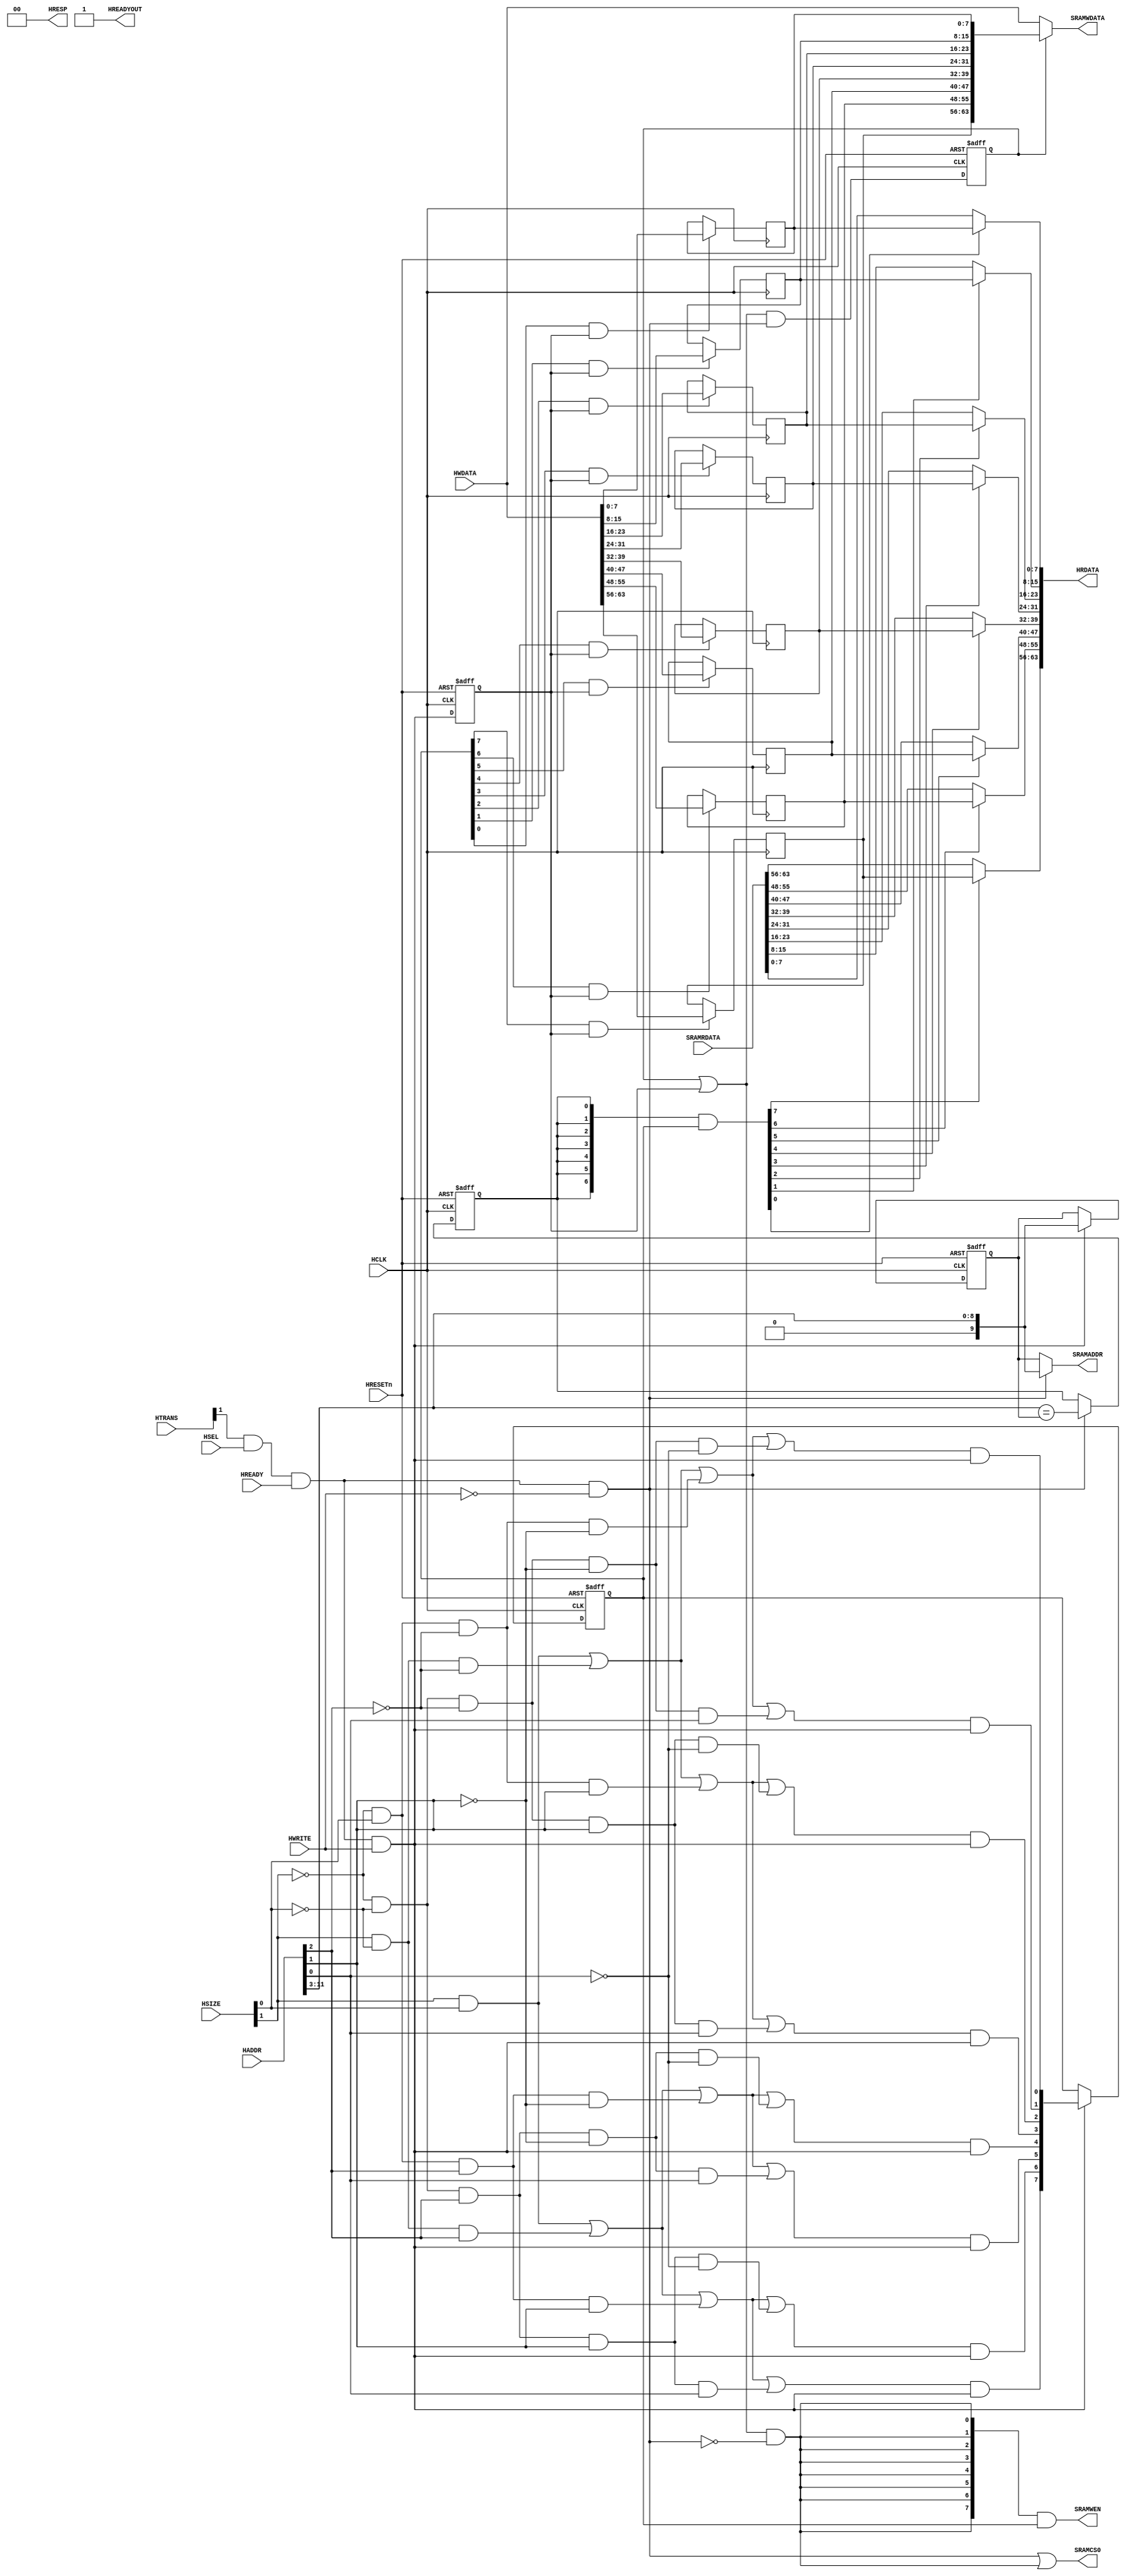

`ifndef AW
`define AW 32
`endif

`ifndef DW
`define DW 64
`endif

module AHBSRAM #(
// --------------------------------------------------------------------------
// Parameter Declarations
// --------------------------------------------------------------------------
  parameter AW       = 9) // Address width
 (
// --------------------------------------------------------------------------
// Port Definitions
// --------------------------------------------------------------------------
  input  wire           HCLK,      // system bus clock
  input  wire           HRESETn,   // system bus reset
  input  wire           HSEL,      // AHB peripheral select
  input  wire           HREADY,    // AHB ready input
  input  wire [1:0]     HTRANS,    // AHB transfer type
  input  wire [2:0]     HSIZE,     // AHB hsize
  input  wire           HWRITE,    // AHB hwrite
  input  wire [`AW-1:0] HADDR,     // AHB address bus
  input  wire [`DW-1:0] HWDATA,    // AHB write data bus
  output wire           HREADYOUT, // AHB ready output to S->M mux
  output wire [1:0]     HRESP,     // AHB response
  output wire [`DW-1:0] HRDATA,    // AHB read data bus

  input  wire [`DW-1:0] SRAMRDATA, // SRAM Read Data
  output wire [7:0]     SRAMWEN,   // SRAM write enable (active high)
  output wire [`DW-1:0] SRAMWDATA, // SRAM write data
  output wire           SRAMCS0,
  output wire [AW:0]   SRAMADDR  // SRAM address
);   // SRAM Chip Select  (active high)

   // ----------------------------------------------------------
   // Internal state
   // ----------------------------------------------------------
   reg  [AW:0]               buf_addr;        // Write address buffer
   reg  [ 7:0]               buf_we;          // Write enable buffer (data phase)
   reg                       buf_hit;         // High when AHB read address
                                              // matches buffered address
   reg  [`DW-1:0]            buf_data;        // AHB write bus buffered
   reg                       buf_pend;        // Buffer write data valid
   reg                       buf_data_en;     // Data buffer write enable (data phase)

   // ----------------------------------------------------------
   // Read/write control logic
   // ----------------------------------------------------------

   wire        ahb_access   = HTRANS[1] & HSEL & HREADY;
   wire        ahb_write    = ahb_access &  HWRITE;
   wire        ahb_read     = ahb_access & (~HWRITE);


   // Stored write data in pending state if new transfer is read
   //   buf_data_en indicate new write (data phase)
   //   ahb_read    indicate new read  (address phase)
   //   buf_pend    is registered version of buf_pend_nxt
   wire        buf_pend_nxt = (buf_pend | buf_data_en) & ahb_read;

   // RAM write happens when
   // - write pending (buf_pend), or
   // - new AHB write seen (buf_data_en) at data phase,
   // - and not reading (address phase)
   wire        ram_write    = (buf_pend | buf_data_en)  & (~ahb_read); // ahb_write

   // RAM WE is the buffered WE
   assign      SRAMWEN  = {8{ram_write}} & buf_we[7:0];

   // RAM address is the buffered address for RAM write otherwise HADDR
   assign      SRAMADDR = ahb_read ? HADDR[AW+2:3] : buf_addr;

   // RAM chip select during read or write
   wire SRAMCS_src; 
   assign      SRAMCS_src   = ahb_read | ram_write;
   assign SRAMCS0 = SRAMCS_src; 
  
   // ----------------------------------------------------------
   // Byte lane decoder and next state logic
   // ----------------------------------------------------------
  
  // REVISE ? 
   wire       tx_byte        = (~HSIZE[1]) & (~HSIZE[0]);  // 00
   wire       tx_half        = (~HSIZE[1]) &   HSIZE[0];   // 01
   wire       tx_word        =   HSIZE[1]  & (~HSIZE[0]);  // 10
   wire       tx_double_word =   HSIZE[1]  &   HSIZE[0];   // 11

   wire       byte_at_000 = tx_byte & (~HADDR[2]) & (~HADDR[1]) &  (~HADDR[0]);
   wire       byte_at_001 = tx_byte & (~HADDR[2]) & (~HADDR[1]) &  (HADDR[0]);
   wire       byte_at_010 = tx_byte & (~HADDR[2]) & (HADDR[1])  &  (~HADDR[0]);
   wire       byte_at_011 = tx_byte & (~HADDR[2]) & (HADDR[1])  &  (HADDR[0]);

   wire       byte_at_100 = tx_byte & (HADDR[2]) & (~HADDR[1])  &  (~HADDR[0]);
   wire       byte_at_101 = tx_byte & (HADDR[2]) & (~HADDR[1])  &  (HADDR[0]);
   wire       byte_at_110 = tx_byte & (HADDR[2]) & (HADDR[1])   &  (~HADDR[0]);
   wire       byte_at_111 = tx_byte & (HADDR[2]) & (HADDR[1])   &  (HADDR[0]);

   wire       half_at_000 = tx_half & (~HADDR[2]) & (~HADDR[1]);
   wire       half_at_010 = tx_half & (~HADDR[2]) & HADDR[1];

   wire       half_at_100 = tx_half & HADDR[2] & (~HADDR[1]);
   wire       half_at_110 = tx_half & HADDR[2] &  HADDR[1];

   wire       word_at_000 = tx_word & (~HADDR[2]);
   wire       word_at_100 = tx_word & HADDR[2];

   wire       double_word_at_00 = tx_double_word;

   wire       byte_sel_0 = double_word_at_00 | word_at_000 | half_at_000 | byte_at_000;
   wire       byte_sel_1 = double_word_at_00 | word_at_000 | half_at_000 | byte_at_001;
   wire       byte_sel_2 = double_word_at_00 | word_at_000 | half_at_010 | byte_at_010;
   wire       byte_sel_3 = double_word_at_00 | word_at_000 | half_at_010 | byte_at_011;

   wire       byte_sel_4 = double_word_at_00 | word_at_100 | half_at_100 | byte_at_100;
   wire       byte_sel_5 = double_word_at_00 | word_at_100 | half_at_100 | byte_at_101;
   wire       byte_sel_6 = double_word_at_00 | word_at_100 | half_at_110 | byte_at_110;
   wire       byte_sel_7 = double_word_at_00 | word_at_100 | half_at_110 | byte_at_111;

   // Address phase byte lane strobe
   wire [7:0] buf_we_nxt = { byte_sel_7 & ahb_write,
                             byte_sel_6 & ahb_write,
                             byte_sel_5 & ahb_write,
                             byte_sel_4 & ahb_write,
                             byte_sel_3 & ahb_write,
                             byte_sel_2 & ahb_write,
                             byte_sel_1 & ahb_write,
                             byte_sel_0 & ahb_write };

   // ----------------------------------------------------------
   // Write buffer
   // ----------------------------------------------------------

   // buf_data_en is data phase write control
   always @(posedge HCLK or negedge HRESETn)
     if (~HRESETn)
       buf_data_en <= 1'b0;
     else
       buf_data_en <= ahb_write;
    
   always @(posedge HCLK)
     if(buf_we[7] & buf_data_en)
       buf_data[63:56] <= HWDATA[63:56];

   always @(posedge HCLK)
     if(buf_we[6] & buf_data_en)
       buf_data[55:48] <= HWDATA[55:48];
   
   always @(posedge HCLK)
     if(buf_we[5] & buf_data_en)
       buf_data[47:40] <= HWDATA[47:40];
   
   always @(posedge HCLK)
     if(buf_we[4] & buf_data_en)
       buf_data[39:32] <= HWDATA[39:32];

   always @(posedge HCLK)
     if(buf_we[3] & buf_data_en)
       buf_data[31:24] <= HWDATA[31:24];

   always @(posedge HCLK)
     if(buf_we[2] & buf_data_en)
       buf_data[23:16] <= HWDATA[23:16];

   always @(posedge HCLK)
     if(buf_we[1] & buf_data_en)
       buf_data[15: 8] <= HWDATA[15: 8];

   always @(posedge HCLK)
     if(buf_we[0] & buf_data_en)
       buf_data[ 7: 0] <= HWDATA[ 7: 0];

   // buf_we keep the valid status of each byte (data phase)
   always @(posedge HCLK or negedge HRESETn)
     if (~HRESETn)
       buf_we <= 8'b0000;
     else if(ahb_write)
       buf_we <= buf_we_nxt;

   always @(posedge HCLK or negedge HRESETn)
     begin
     if (~HRESETn)
       buf_addr <= {AW{1'b0}};
     else if (ahb_write)
         buf_addr <= HADDR[AW+2:3];
     end
   // ----------------------------------------------------------
   // Buf_hit detection logic
   // ----------------------------------------------------------
   
   // REVISE ? 
   wire  buf_hit_nxt = (HADDR[AW+2:3] == buf_addr);

   // ----------------------------------------------------------
   // Read data merge : This is for the case when there is a AHB
   // write followed by AHB read to the same address. In this case
   // the data is merged from the buffer as the RAM write to that
   // address hasn't happened yet
   // ----------------------------------------------------------

   wire [7:0] merge1  = {7{buf_hit}} & buf_we; // data phase, buf_we indicates data is valid

   assign HRDATA =
              { 
                merge1[7] ? buf_data[63:56] : SRAMRDATA[63:56],
                merge1[6] ? buf_data[55:48] : SRAMRDATA[55:48],
                merge1[5] ? buf_data[47:40] : SRAMRDATA[47:40],
                merge1[4] ? buf_data[39:32] : SRAMRDATA[39:32],
                merge1[3] ? buf_data[31:24] : SRAMRDATA[31:24],
                merge1[2] ? buf_data[23:16] : SRAMRDATA[23:16],
                merge1[1] ? buf_data[15:8]  : SRAMRDATA[15: 8],
                merge1[0] ? buf_data[7:0]   : SRAMRDATA[ 7: 0] };

   // ----------------------------------------------------------
   // Synchronous state update
   // ----------------------------------------------------------

   always @(posedge HCLK or negedge HRESETn)
     if (~HRESETn)
       buf_hit <= 1'b0;
     else if(ahb_read)
       buf_hit <= buf_hit_nxt;

   always @(posedge HCLK or negedge HRESETn)
     if (~HRESETn)
       buf_pend <= 1'b0;
     else
       buf_pend <= buf_pend_nxt;

   // if there is an AHB write and valid data in the buffer, RAM write data
   // comes from the buffer. otherwise comes from the HWDATA
   assign SRAMWDATA = (buf_pend) ? buf_data : HWDATA[`DW-1:0];

   // ----------------------------------------------------------
   // Assign outputs
   // ----------------------------------------------------------
   assign HREADYOUT = 1'b1;
   assign HRESP     = 2'b0;


endmodule